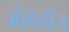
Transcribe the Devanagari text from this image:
मँगॅनीज